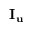
{ { \mathbf { I } } _ { \mathbf { u } } }